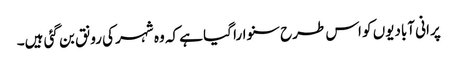
پرانی آبادیوں کو اس طرح سنوارا گیا ہے کہ وہ شہر کی رونق بن گئی ہیں۔